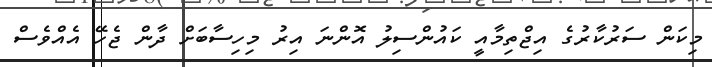
މިކަން ސަރުކާރުގެ އިޖްތިމާއީ ކައުންސިލު އޮންނަ އިރު މިހިސާބަށް ދާން ޖެހޭ އެއްވެސް